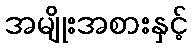
အမျိုးအစားနှင့်